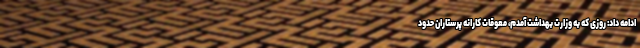
ادامه داد: روزی که به وزارت بهداشت آمدم، معوقات کارانه پرستاران حدود